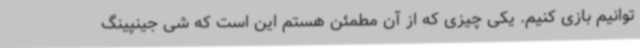
توانیم بازی کنیم. یکی چیزی که از آن مطمئن هستم این است که شی جینپینگ